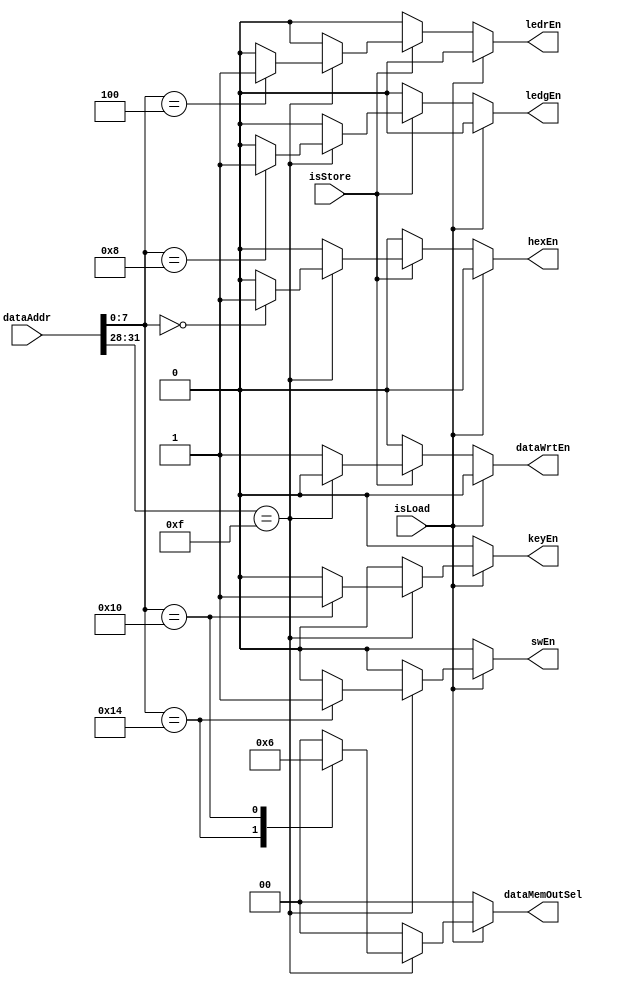
module IO_Controller(dataAddr, isLoad, isStore, dataWrtEn, dataMemOutSel, swEn, keyEn, ledrEn, ledgEn, hexEn);

	input[31:0] dataAddr;
	input isLoad;
	input isStore;
	
	output reg dataWrtEn;
	output reg [1:0] dataMemOutSel;
	output reg swEn;
	output reg keyEn;
	output reg ledrEn;
	output reg ledgEn;
	output reg hexEn;
	
	always @(*)
	begin
	// STORE/LOAD?
	if(isLoad) // LOAD
	begin
		case (dataAddr[31:28])
			4'hF: // I/O
			begin
					case (dataAddr[7:0]) // select which I/O
							8'h14:begin
								dataWrtEn			<= 1'b0;
								dataMemOutSel		<= 2'd1;
								swEn 					<= 1'b1;
								keyEn					<= 1'b0;
								ledrEn 				<= 1'b0;
								ledgEn 				<= 1'b0;
								hexEn 				<= 1'b0;
							end
							8'h10:begin
								dataWrtEn			<= 1'b0;
								dataMemOutSel		<= 2'd2;
								swEn 					<= 1'b0;
								keyEn					<= 1'b1;
								ledrEn 				<= 1'b0;
								ledgEn 				<= 1'b0;
								hexEn 				<= 1'b0;
							end
							default:begin
								dataWrtEn			<= 1'b0;
								dataMemOutSel		<= 2'd0;
								swEn 					<= 1'b0;
								keyEn					<= 1'b0;
								ledrEn 				<= 1'b0;
								ledgEn 				<= 1'b0;
								hexEn 				<= 1'b0;
							end
					endcase
			end
			default:begin
				dataWrtEn			<= 1'b0;
				dataMemOutSel		<= 2'd0;
				swEn 					<= 1'b0;
				keyEn					<= 1'b0;
				ledrEn 				<= 1'b0;
				ledgEn 				<= 1'b0;
				hexEn 				<= 1'b0;
			end
		endcase
	end
	else if(isStore) // STORE
	begin
		case (dataAddr[31:28])
			4'hF: // I/O
			begin
				case (dataAddr[7:0]) // select which I/O
						8'h04:begin // LEDR
							dataWrtEn			<= 1'b0;
							dataMemOutSel		<= 2'd0;
							swEn 					<= 1'b0;
							keyEn					<= 1'b0;
							ledrEn 				<= 1'b1;
							ledgEn 				<= 1'b0;
							hexEn 				<= 1'b0;
						end
						8'h08:begin // LEDG
							dataWrtEn			<= 1'b0;
							dataMemOutSel		<= 2'd0;
							swEn 					<= 1'b0;
							keyEn					<= 1'b0;
							ledrEn 				<= 1'b0;
							ledgEn 				<= 1'b1;
							hexEn 				<= 1'b0;
						end
						8'h00:begin // HEX
							dataWrtEn			<= 1'b0;
							dataMemOutSel		<= 2'd0;
							swEn 					<= 1'b0;
							keyEn					<= 1'b0;
							ledrEn 				<= 1'b0;
							ledgEn 				<= 1'b0;
							hexEn 				<= 1'b1;
						end
						default:begin
							dataWrtEn			<= 1'b0;
							dataMemOutSel		<= 2'd0;
							swEn 					<= 1'b0;
							keyEn					<= 1'b0;
							ledrEn 				<= 1'b0;
							ledgEn 				<= 1'b0;
							hexEn 				<= 1'b0;
						end
				endcase
			end
			default:begin
				dataWrtEn			<= 1'b1;
				dataMemOutSel		<= 2'd0;
				swEn 					<= 1'b0;
				keyEn					<= 1'b0;
				ledrEn 				<= 1'b0;
				ledgEn 				<= 1'b0;
				hexEn 				<= 1'b0;
			end
		endcase
	end
	else // not LOAD neither STORE
	begin
		dataWrtEn			<= 1'b0;
		dataMemOutSel		<= 2'd0;
		swEn 					<= 1'b0;
		keyEn					<= 1'b0;
		ledrEn 				<= 1'b0;
		ledgEn 				<= 1'b0;
		hexEn 				<= 1'b0;
	end
end
	
endmodule